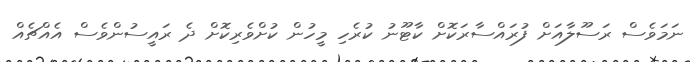
ނަމަވެސް ރަސޫލާއަށް ފުރައްސާރަކޮށް ކާޓޫނު ކުރެހި މީހުން ކުށްވެރިކޮށް ދެ ރައީސުންވެސް އެއްޗެއް